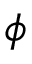
\phi